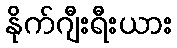
နိုက်ဂျီးရီးယား